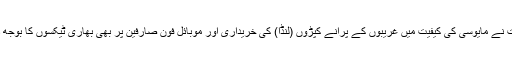
حکومت نے مایوسی کی کیفیت میں غریبوں کے پرانے کپڑوں (لنڈا) کی خریداری اور موبائل فون صارفین پر بھی بھاری ٹیکسوں کا بوجھ ڈال دیا۔